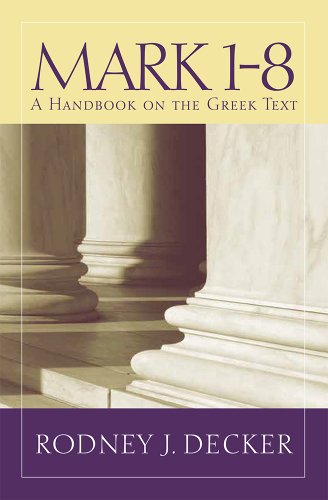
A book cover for Mark 1-8: A Handbook on the Greek Text (Baylor Handbook of the Greek New Testament); Rodney Decker; Christian Books & Bibles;